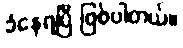
ခံနေရပြီ ဖြစ်ပါတယ်။